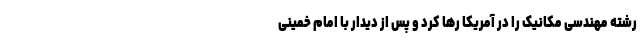
رشته مهندسی مکانیک را در آمریکا رها کرد و پس از دیدار با امام خمینی